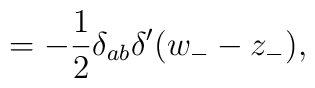
\hspace{0.9cm}=-\frac 12\delta _{ab}\delta ^{\prime }(w_{-}-z_{-}),